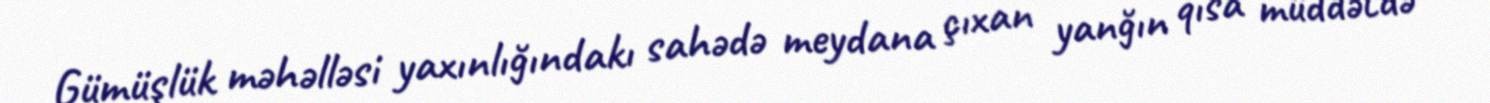
Gümüşlük məhəlləsi yaxınlığındakı sahədə meydana çıxan yanğın qısa müddətdə